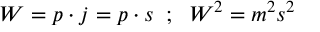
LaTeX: W = p \cdot j = p \cdot s \; \; ; \; \; W ^ { 2 } = m ^ { 2 } s ^ { 2 }